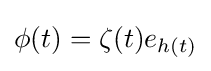
\phi (t)=\zeta (t)e_{h(t)}